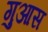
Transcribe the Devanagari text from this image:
गुआस